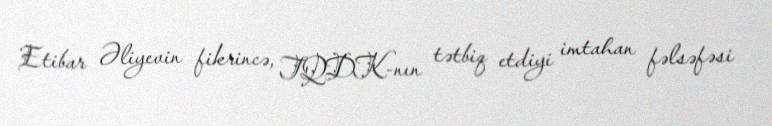
Etibar Əliyevin fikrincə, TQDK-nın tətbiq etdiyi imtahan fəlsəfəsi